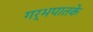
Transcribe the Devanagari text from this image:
गर्भपातके